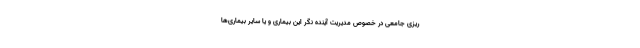
ریزی جامعی در خصوص مدیریت آینده نگر این بیماری و یا سایر بیماری‌ها